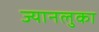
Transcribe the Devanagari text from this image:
ज्यानलुका